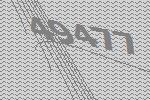
49477